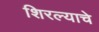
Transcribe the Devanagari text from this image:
शिरल्याचे